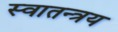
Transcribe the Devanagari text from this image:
स्वातन्त्रय